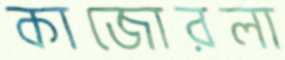
কাজোরলা